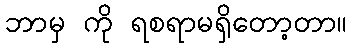
ဘာမှ ကို ရစရာမရှိတော့တာ။